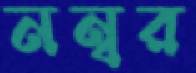
নন্বর